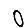
Digit: 0